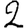
Digit: 2